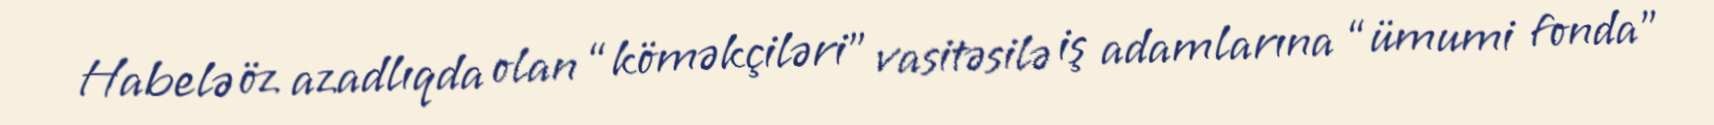
Habelə öz azadlıqda olan “köməkçiləri” vasitəsilə iş adamlarına “ümumi fonda”